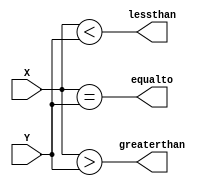
//32-bit comparator
module Comparator(greaterthan, equalto, lessthan, X, Y);
  input wire [31:0] X,Y;
  output wire greaterthan, equalto, lessthan;
  assign greaterthan = (X>Y);
  assign equalto = (X==Y);
  assign lessthan = (X<Y);
endmodule

//Clock module with period 10
module Clock(out);
    output reg out;
    initial out=0;
    always #5 out=~out;
endmodule

//32-bit counter
module Counter(out, count, clr, clk);
    input count, clr, clk;
    output reg [31:0] out;
    initial out = 0;
    always @ (posedge clk)
    begin
        if(clr) out <= 0;
        else if(count) out <= out + 1;
    end
endmodule

//64-bit fulladder
module FullAdder(sum,X,Y);
  input wire [63:0] X,Y;
  output wire [63:0] sum;
  assign sum = X + Y;
endmodule

module Datapath(X,Y,countY, clearY, loadX, clearX, clk);
  input wire countY, clearY, loadX, clearX, clk;
  output wire [31:0] Y;
  output reg [63:0] X;
  wire [63:0] sum;
  wire [31:0] ground;
  assign ground = 0;
  FullAdder FA(sum,X,{ground,Y});
  Counter Ctr(Y,countY,clearY,clk);
    always @ (posedge clk)
    begin
      if(clearX) X <= 0;
      else if(loadX) X <= sum;
    end
endmodule

module Controller(countY, clearY, loadX, clearX, done, Y, Nn, Gg, clk);
    output wire countY, clearY, loadX, clearX, done;
  input wire [31:0] Y, Nn;
    input wire Gg, clk;
    wire Z, state0, state1, state2;
    reg [1:0] state;
    parameter S0 = 2'b00,
            S1 = 2'b01,
            S2 = 2'b10;

    wire temp1,temp2;
  Comparator cpr(Z,temp1,temp2,Y,Nn);
    assign state1 = (state == S1);
    assign state2 = (state == S2);  
    assign state0 = (state == S0);

    assign clearY = state0;  
    assign countY = state2;
    assign loadX = state1 && ((Y[1] || Y[2]) && ~ Y[0]);
    assign clearX = state0;
    assign done = Z;

    initial state=S0;

    always @ (posedge clk)
    begin
        case(state)
            S2: if (Z) state <= S0;
            else state <= S1;
            S1: state<= S2;
            S0: if (Gg) state <= S1;
            else state<= S0;
            default: state <=S0;
        endcase
    end


endmodule

module ASM(sum,done,Nn,Gg,clk);
  input wire [31:0] Nn;
  input wire Gg, clk;
  wire countY, clearY, loadX, clearX;
  wire [31:0] Y;
  output wire [63:0] sum;
  output done;
  Datapath datapath(sum,Y,countY, clearY, loadX, clearX, clk);
  Controller controller(countY, clearY, loadX, clearX, done, Y, Nn, Gg, clk);
endmodule